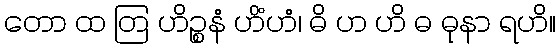
တော ထ တြ ဟိဉ္စနံ ဟိံဟံ၊ ဓိ ဟ ဟိ ဓ ဓုနာ ရဟိ။